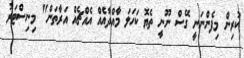
ކުރިން މިފެންނަނީ ގޭސް ނޫނީ ތެޔޮ ކަހަލަ މާއްދާއެއް އެއްޗެއް އަރާތަން" މިނިސްޓަރު